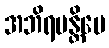
အဘိရမန္တိပေ